65_HS1-834228961_62-HQ-83894_Section_1
Agency: FBI
Page 101
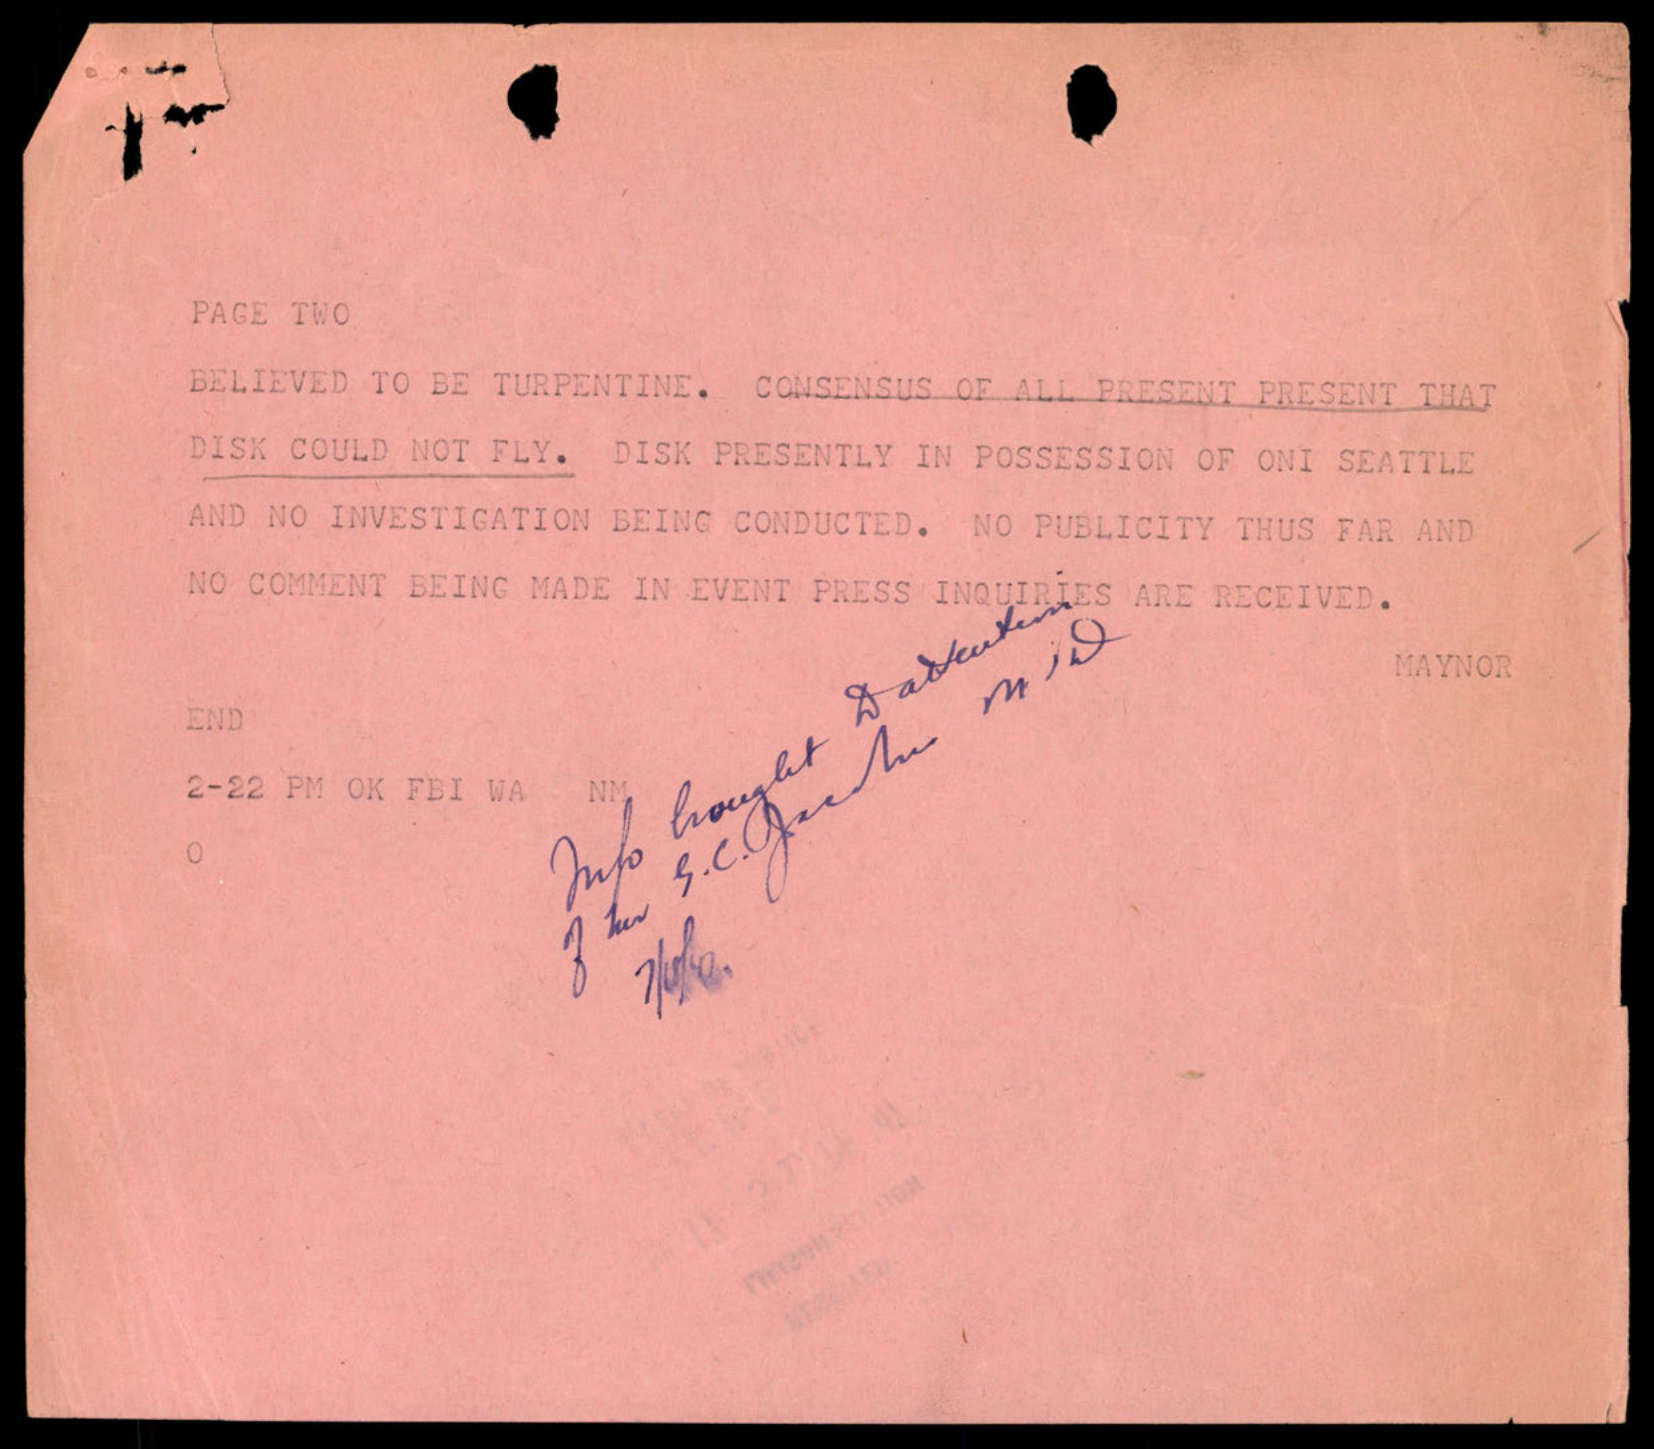